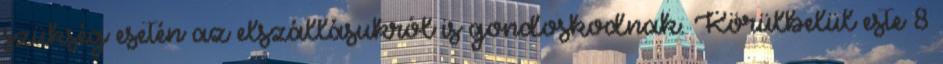
szükség esetén az elszállásukról is gondoskodnak. Körülbelül este 8